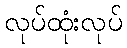
လုပ်ထုံးလုပ်